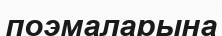
поэмаларына